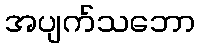
အပျက်သဘော